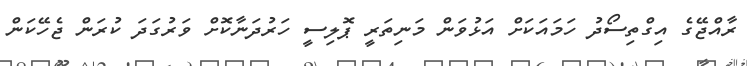
ރާއްޖޭގެ އިގްތިސޯދު ހަމައަކަށް އަޅުވަން މަނިތަރީ ޕޮލިސީ ހަރުދަނާކޮށް ވަރުގަދަ ކުރަން ޖެހޭކަން